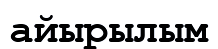
айырылым